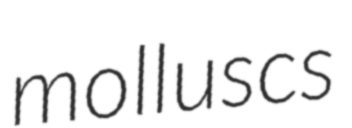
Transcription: molluscs